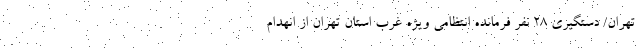
تهران/ دستگیری ۲۸ نفر فرمانده انتظامی ویژه غرب استان تهران از انهدام